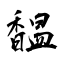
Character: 馧